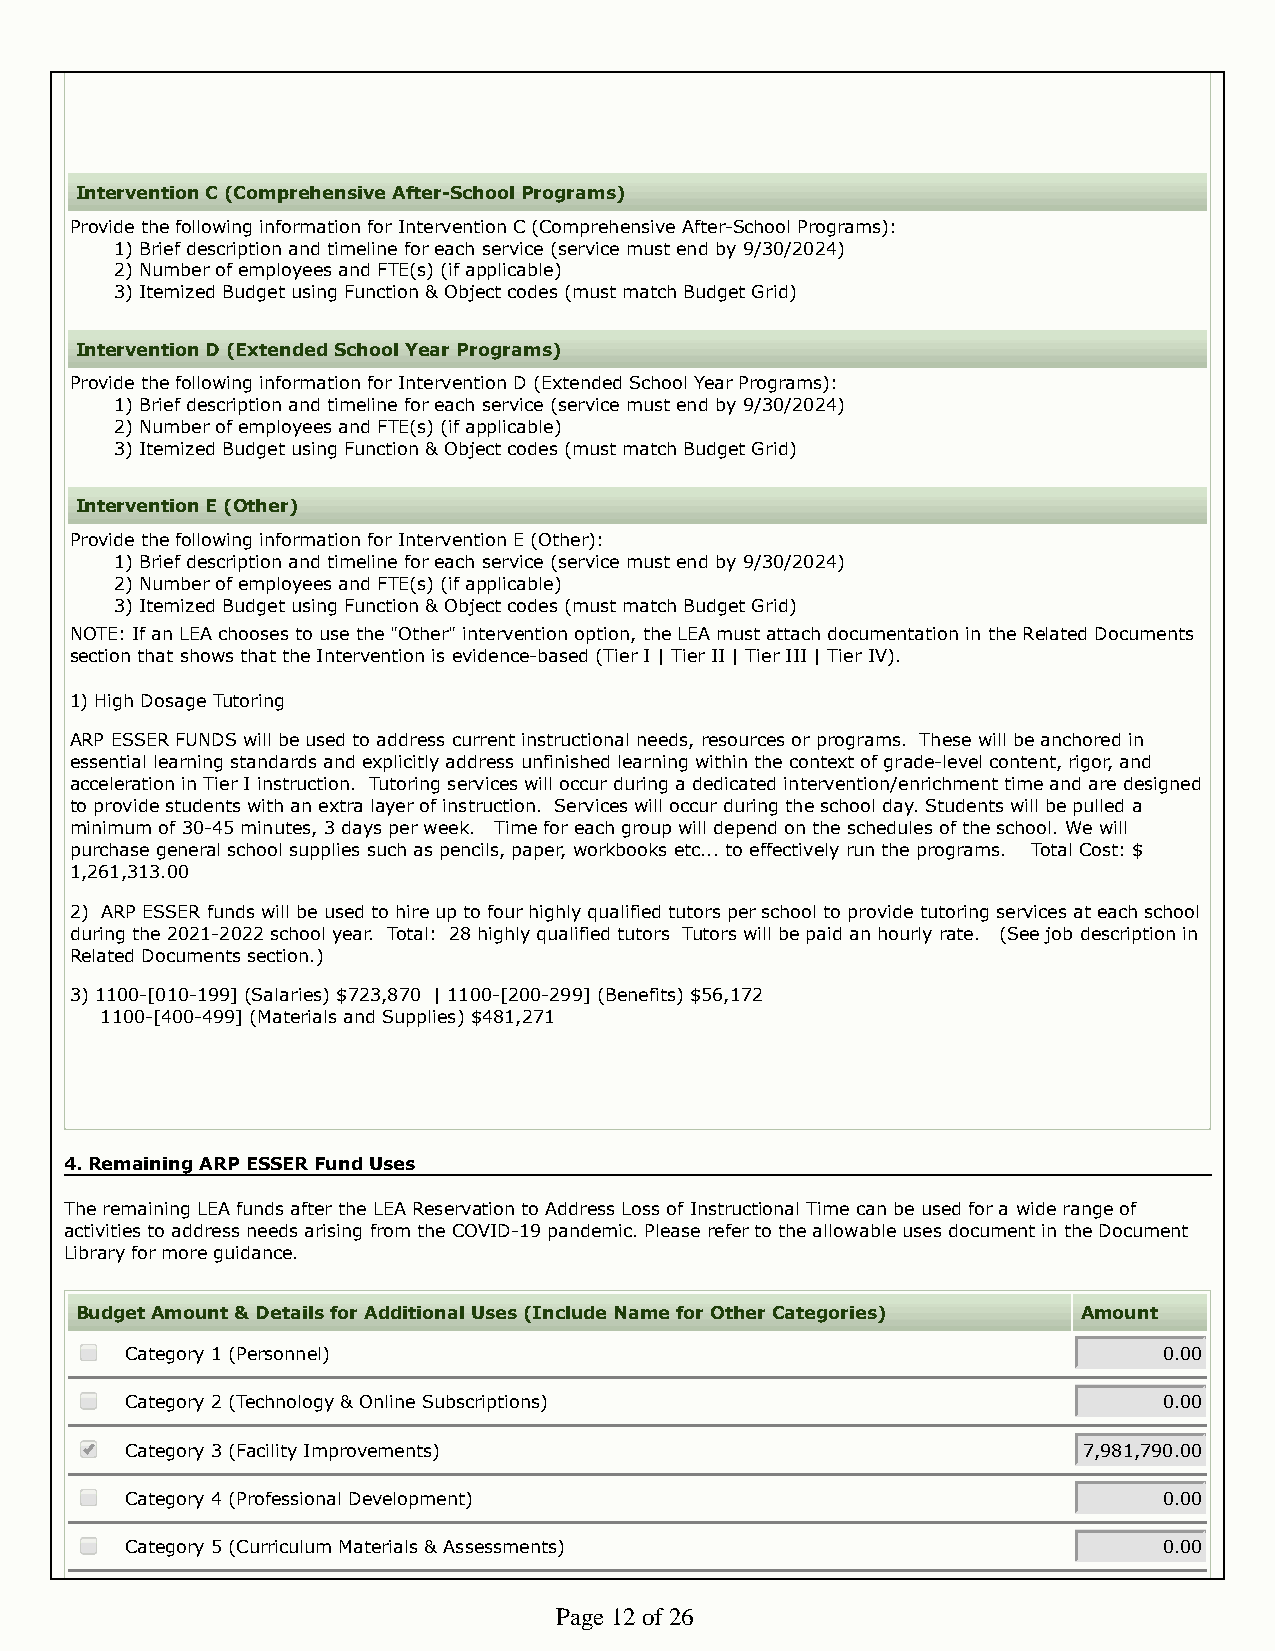
Intervention C (Comprehensive After-School Programs)
 Provide the following information for Intervention C (Comprehensive After-School Programs):
 1) Brief description and timeline for each service (service must end by 9/30/2024)
 2) Number of employees and FTE(s) (if applicable)
 3) Itemized Budget using Function & Object codes (must match Budget Grid)
 Intervention D (Extended School Year Programs)
 Provide the following information for Intervention D (Extended School Year Programs):
 1) Brief description and timeline for each service (service must end by 9/30/2024)
 2) Number of employees and FTE(s) (if applicable)
 3) Itemized Budget using Function & Object codes (must match Budget Grid)
 Intervention E (Other)
 Provide the following information for Intervention E (Other):
 1) Brief description and timeline for each service (service must end by 9/30/2024)
 2) Number of employees and FTE(s) (if applicable)
 3) Itemized Budget using Function & Object codes (must match Budget Grid)
 NOTE: If an LEA chooses to use the "Other" intervention option, the LEA must attach documentation in the Related Documents
 section that shows that the Intervention is evidence-based (Tier I | Tier II | Tier III | Tier IV).
 1) High Dosage Tutoring
 ARP ESSER FUNDS will be used to address current instructional needs, resources or programs. These will be anchored in
 essential learning standards and explicitly address unfinished learning within the context of grade-level content, rigor, and
 acceleration in Tier I instruction. Tutoring services will occur during a dedicated intervention/enrichment time and are designed
 to provide students with an extra layer of instruction. Services will occur during the school day. Students will be pulled a
 minimum of 30-45 minutes, 3 days per week. Time for each group will depend on the schedules of the school. We will
 purchase general school supplies such as pencils, paper, workbooks etc... to effectively run the programs. Total Cost: $
 1,261,313.00
 2) ARP ESSER funds will be used to hire up to four highly qualified tutors per school to provide tutoring services at each school
 during the 2021-2022 school year. Total: 28 highly qualified tutors Tutors will be paid an hourly rate. (See job description in
 Related Documents section.)
 3) 1100-[010-199] (Salaries) $723,870 | 1100-[200-299] (Benefits) $56,172
 1100-[400-499] (Materials and Supplies) $481,271
 4. Remaining ARP ESSER Fund Uses
 The remaining LEA funds after the LEA Reservation to Address Loss of Instructional Time can be used for a wide range of
 activities to address needs arising from the COVID-19 pandemic. Please refer to the allowable uses document in the Document
 Library for more guidance.
 Budget Amount & Details for Additional Uses (Include Name for Other Categories) Amount
 Category 1 (Personnel)                                               0.00
 Category 2 (Technology & Online Subscriptions)                       0.00
 Category 3 (Facility Improvements)                              7,981,790.00
 Category 4 (Professional Development)                                0.00
 Category 5 (Curriculum Materials & Assessments)                      0.00
 Page 12 of 26